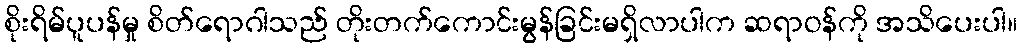
စိုးရိမ်ပူပန်မှု စိတ်ရောဂါသည် တိုးတက်ကောင်းမွန်ခြင်းမရှိလာပါက ဆရာဝန်ကို အသိပေးပါ။